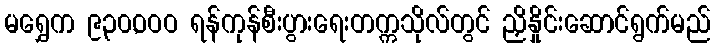
မရွှေက ၉၃၀,ဝဝဝ ရန်ကုန်စီးပွားရေးတက္ကသိုလ်တွင် ညှိနှိုင်းဆောင်ရွက်မည်